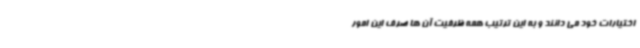
اختیارات خود می دانند و به این ترتیب همه ظرفیت آن ها صرف این امور